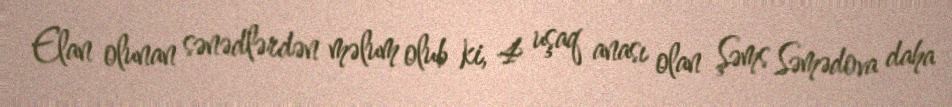
Elan olunan sənədlərdən məlum olub ki, 4 uşaq anası olan Şəms Səmədova daha